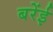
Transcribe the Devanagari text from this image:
बरेंई